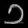
Digit: ၁